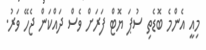
މިއީ އެންމެ ބޮޑެތި ސުޕަ ޔޮޓް ފަރަށް ވެސް ދައްކަން ޖެހޭ ވަރު.